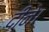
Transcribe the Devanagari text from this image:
दीने।